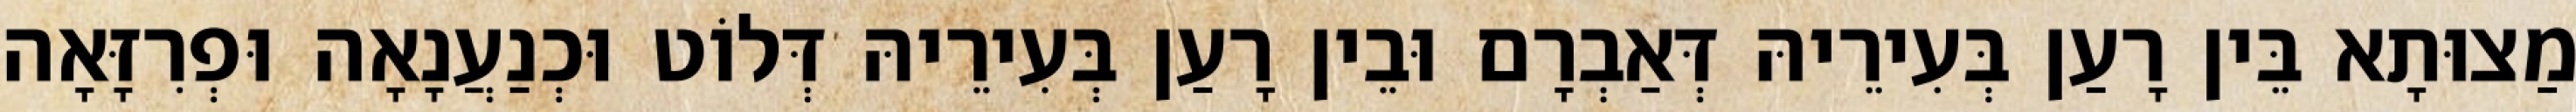
מַצוּתָא בֵּין רָעַן בְּעִירֵיהּ דְּאַבְרָם וּבֵין רָעַן בְּעִירֵיהּ דְּלוֹט וּכְנַעֲנָאָה וּפְרִזָּאָה